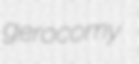
gerocomy